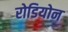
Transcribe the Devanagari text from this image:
रोडियोन